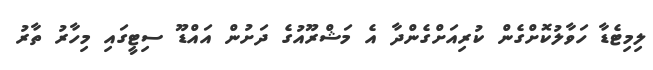
ލިމިޓެޑާ ހަވާލުކޮށްގެން ކުރިއަށްގެންދާ އެ މަޝްރޫއުގެ ދަށުން އައްޑޫ ސިޓީގައި މިހާރު ތާރު